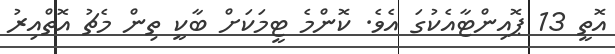
އޮތީ 13 ޕޮއިންޓާއެކުގަ އެވެ. ކޮންމެ ޓީމަކަށް ބާކީ ތިން މެޗު އޮތްއިރު